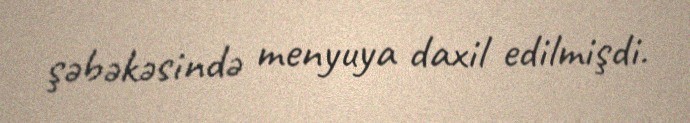
şəbəkəsində menyuya daxil edilmişdi.